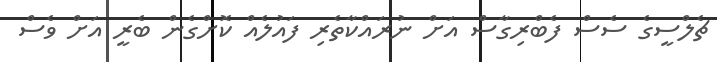
ޗެލްސީގެ ސެސް ފެބްރިގާސް އަށް ނުރައްކާތެރި ފައުލެއް ކޮށްގެން ބެރީ އަށް ވެސް